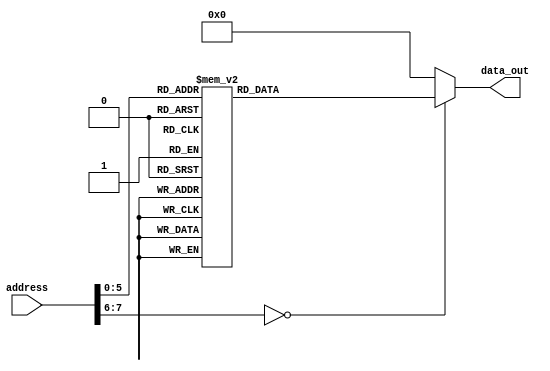
module Rom(input [7:0] address,
           output reg [7:0] data_out);
           
    always @(*) begin
        case(address)
            8'b00010000: data_out = 8'b00000000;
            8'b00010001: data_out = 8'b00000011;
            8'b00010010: data_out = 8'b00000110;
            8'b00010011: data_out = 8'b00001001;
            8'b00010100: data_out = 8'b00001100;
            8'b00010101: data_out = 8'b00001111;
            8'b00010110: data_out = 8'b00010010;
            8'b00010111: data_out = 8'b00010101;
            8'b00100000: data_out = 8'b00000000;
            8'b00100001: data_out = 8'b00000011;
            8'b00100010: data_out = 8'b00000100;
            8'b00100011: data_out = 8'b00000110;
            8'b00100100: data_out = 8'b00000111;
            8'b00100101: data_out = 8'b00001001;
            8'b00100110: data_out = 8'b00001010;
            8'b00100111: data_out = 8'b00001100;
            8'b00110000: data_out = 8'b00000000;
            8'b00110001: data_out = 8'b00000011;
            8'b00110010: data_out = 8'b00000100;
            8'b00110011: data_out = 8'b00000101;
            8'b00110100: data_out = 8'b00000110;
            8'b00110101: data_out = 8'b00000111;
            8'b00110110: data_out = 8'b00001000;
            8'b00110111: data_out = 8'b00001001;
            default: data_out = 8'b00000000;
        endcase
    end
    
endmodule